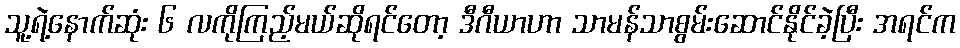
သူ့ရဲ့နောက်ဆုံး ၆ လကိုကြည့်မယ်ဆိုရင်တော့ ဒီဂီယာဟာ သာမန်သာစွမ်းဆောင်နိုင်ခဲ့ပြီး အရင်က